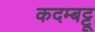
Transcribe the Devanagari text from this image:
कदम्बट्टू